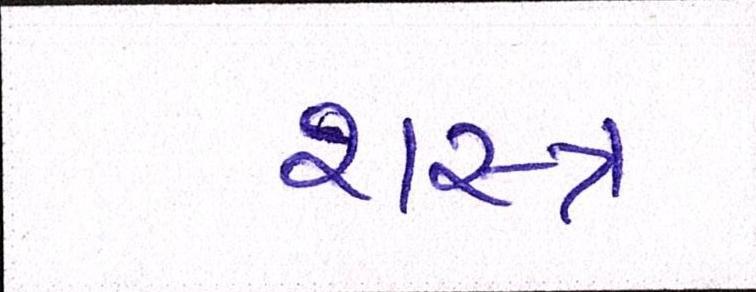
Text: શસ્ત્ર